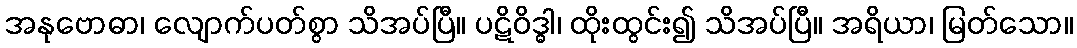
အနုဗောဓာ၊ လျောက်ပတ်စွာ သိအပ်ပြီ။ ပဋိဝိဒ္ဓါ၊ ထိုးထွင်း၍ သိအပ်ပြီ။ အရိယာ၊ မြတ်သော။